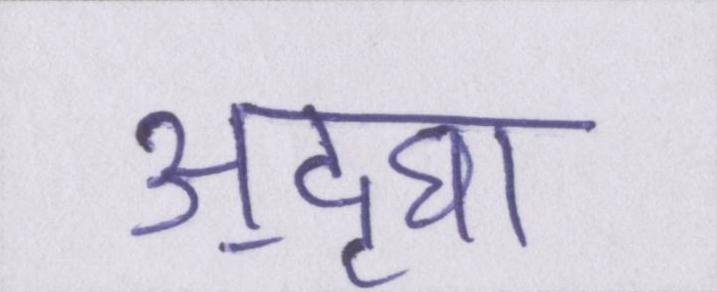
अ॒द्घा